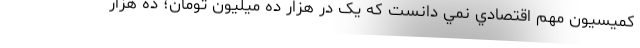
كميسيون مهم اقتصادي نمي دانست كه یک در هزار ده میلیون تومان؛ ده هزار